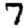
Digit: 7